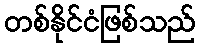
တစ်နိုင်ငံဖြစ်သည်